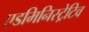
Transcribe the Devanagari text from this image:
एडमिनिस्ट्रेटिव